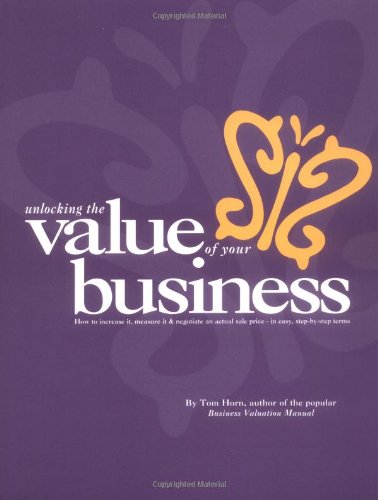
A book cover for Business Valuation Manual - Unlocking The Value Of Your Business : How to increase it, measure it, and negotiate an actual sale price.; Thomas W. Horn; Business & Money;